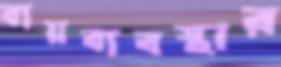
ব্যয়ব্যবস্থার